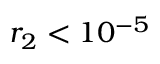
r _ { 2 } < 1 0 ^ { - 5 }